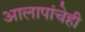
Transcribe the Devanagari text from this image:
आलापांचेही